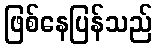
ဖြစ်နေပြန်သည်